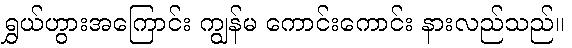
ရွှယ်ဟွားအကြောင်း ကျွန်မ ကောင်းကောင်း နားလည်သည်။